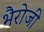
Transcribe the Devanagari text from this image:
भैरोजी